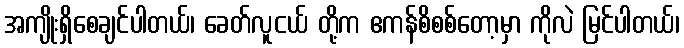
အကျိုးရှိစေချင်ပါတယ်၊ ခေတ်လူငယ် တို့က ဧကန်စိစစ်တော့မှာ ကိုလဲ မြင်ပါတယ်၊